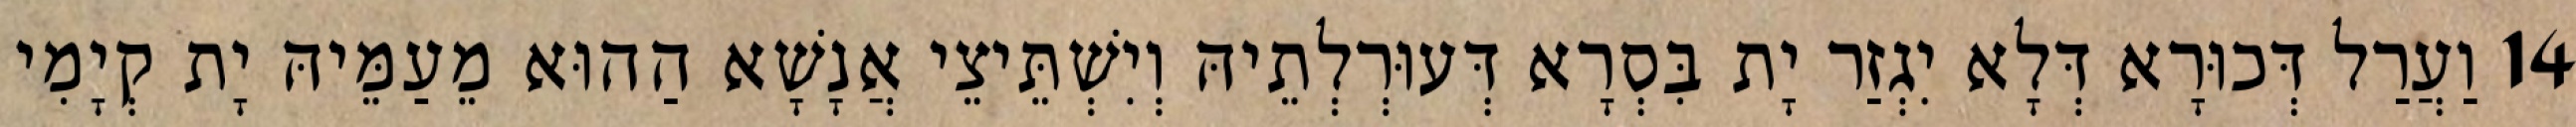
14 וַעֲרַל דְּכוּרָא דְּלָא יִגְזַר יָת בִּסְרָא דְּעוּרְלְתֵיהּ וְיִשְׁתֵּיצֵי אֲנָשָׁא הַהוּא מֵעַמֵּיהּ יָת קְיָמִי